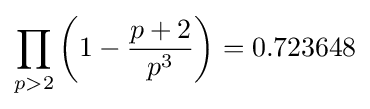
\prod _{p>2}\left(1-{\frac {p+2}{p^{3}}}\right)=0.723648